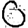
Digit: 0